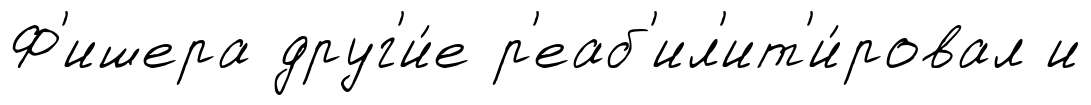
Ф'ишера друг'и́е р'еаб'ил'ит'и́ровал и